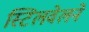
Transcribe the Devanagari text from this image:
स्टिलवेलने